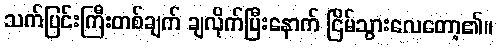
သက်ပြင်းကြီးတစ်ချက် ချလိုက်ပြီးနောက် ငြိမ်သွားလေတော့၏။